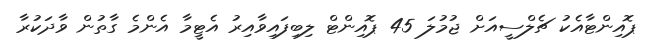
ޕޮއިންޓާއެކު ޗެލްސީއަށް ޖުމުލަ 45 ޕޮއިންޓް ލިބިފައިވާއިރު އެޓީމާ އެންމެ ގާތުން ވާދަކުރާ